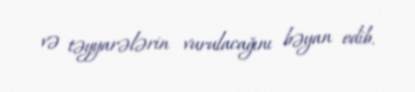
və təyyarələrin vurulacağını bəyan edib.